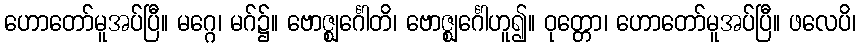
ဟောတော်မူအပ်ပြီ။ မဂ္ဂေ၊ မဂ်၌။ ဗောဇ္ဈင်္ဂေါတိ၊ ဗောဇ္ဈင်္ဂေါဟူ၍။ ဝုတ္တော၊ ဟောတော်မူအပ်ပြီ။ ဖလေပိ၊